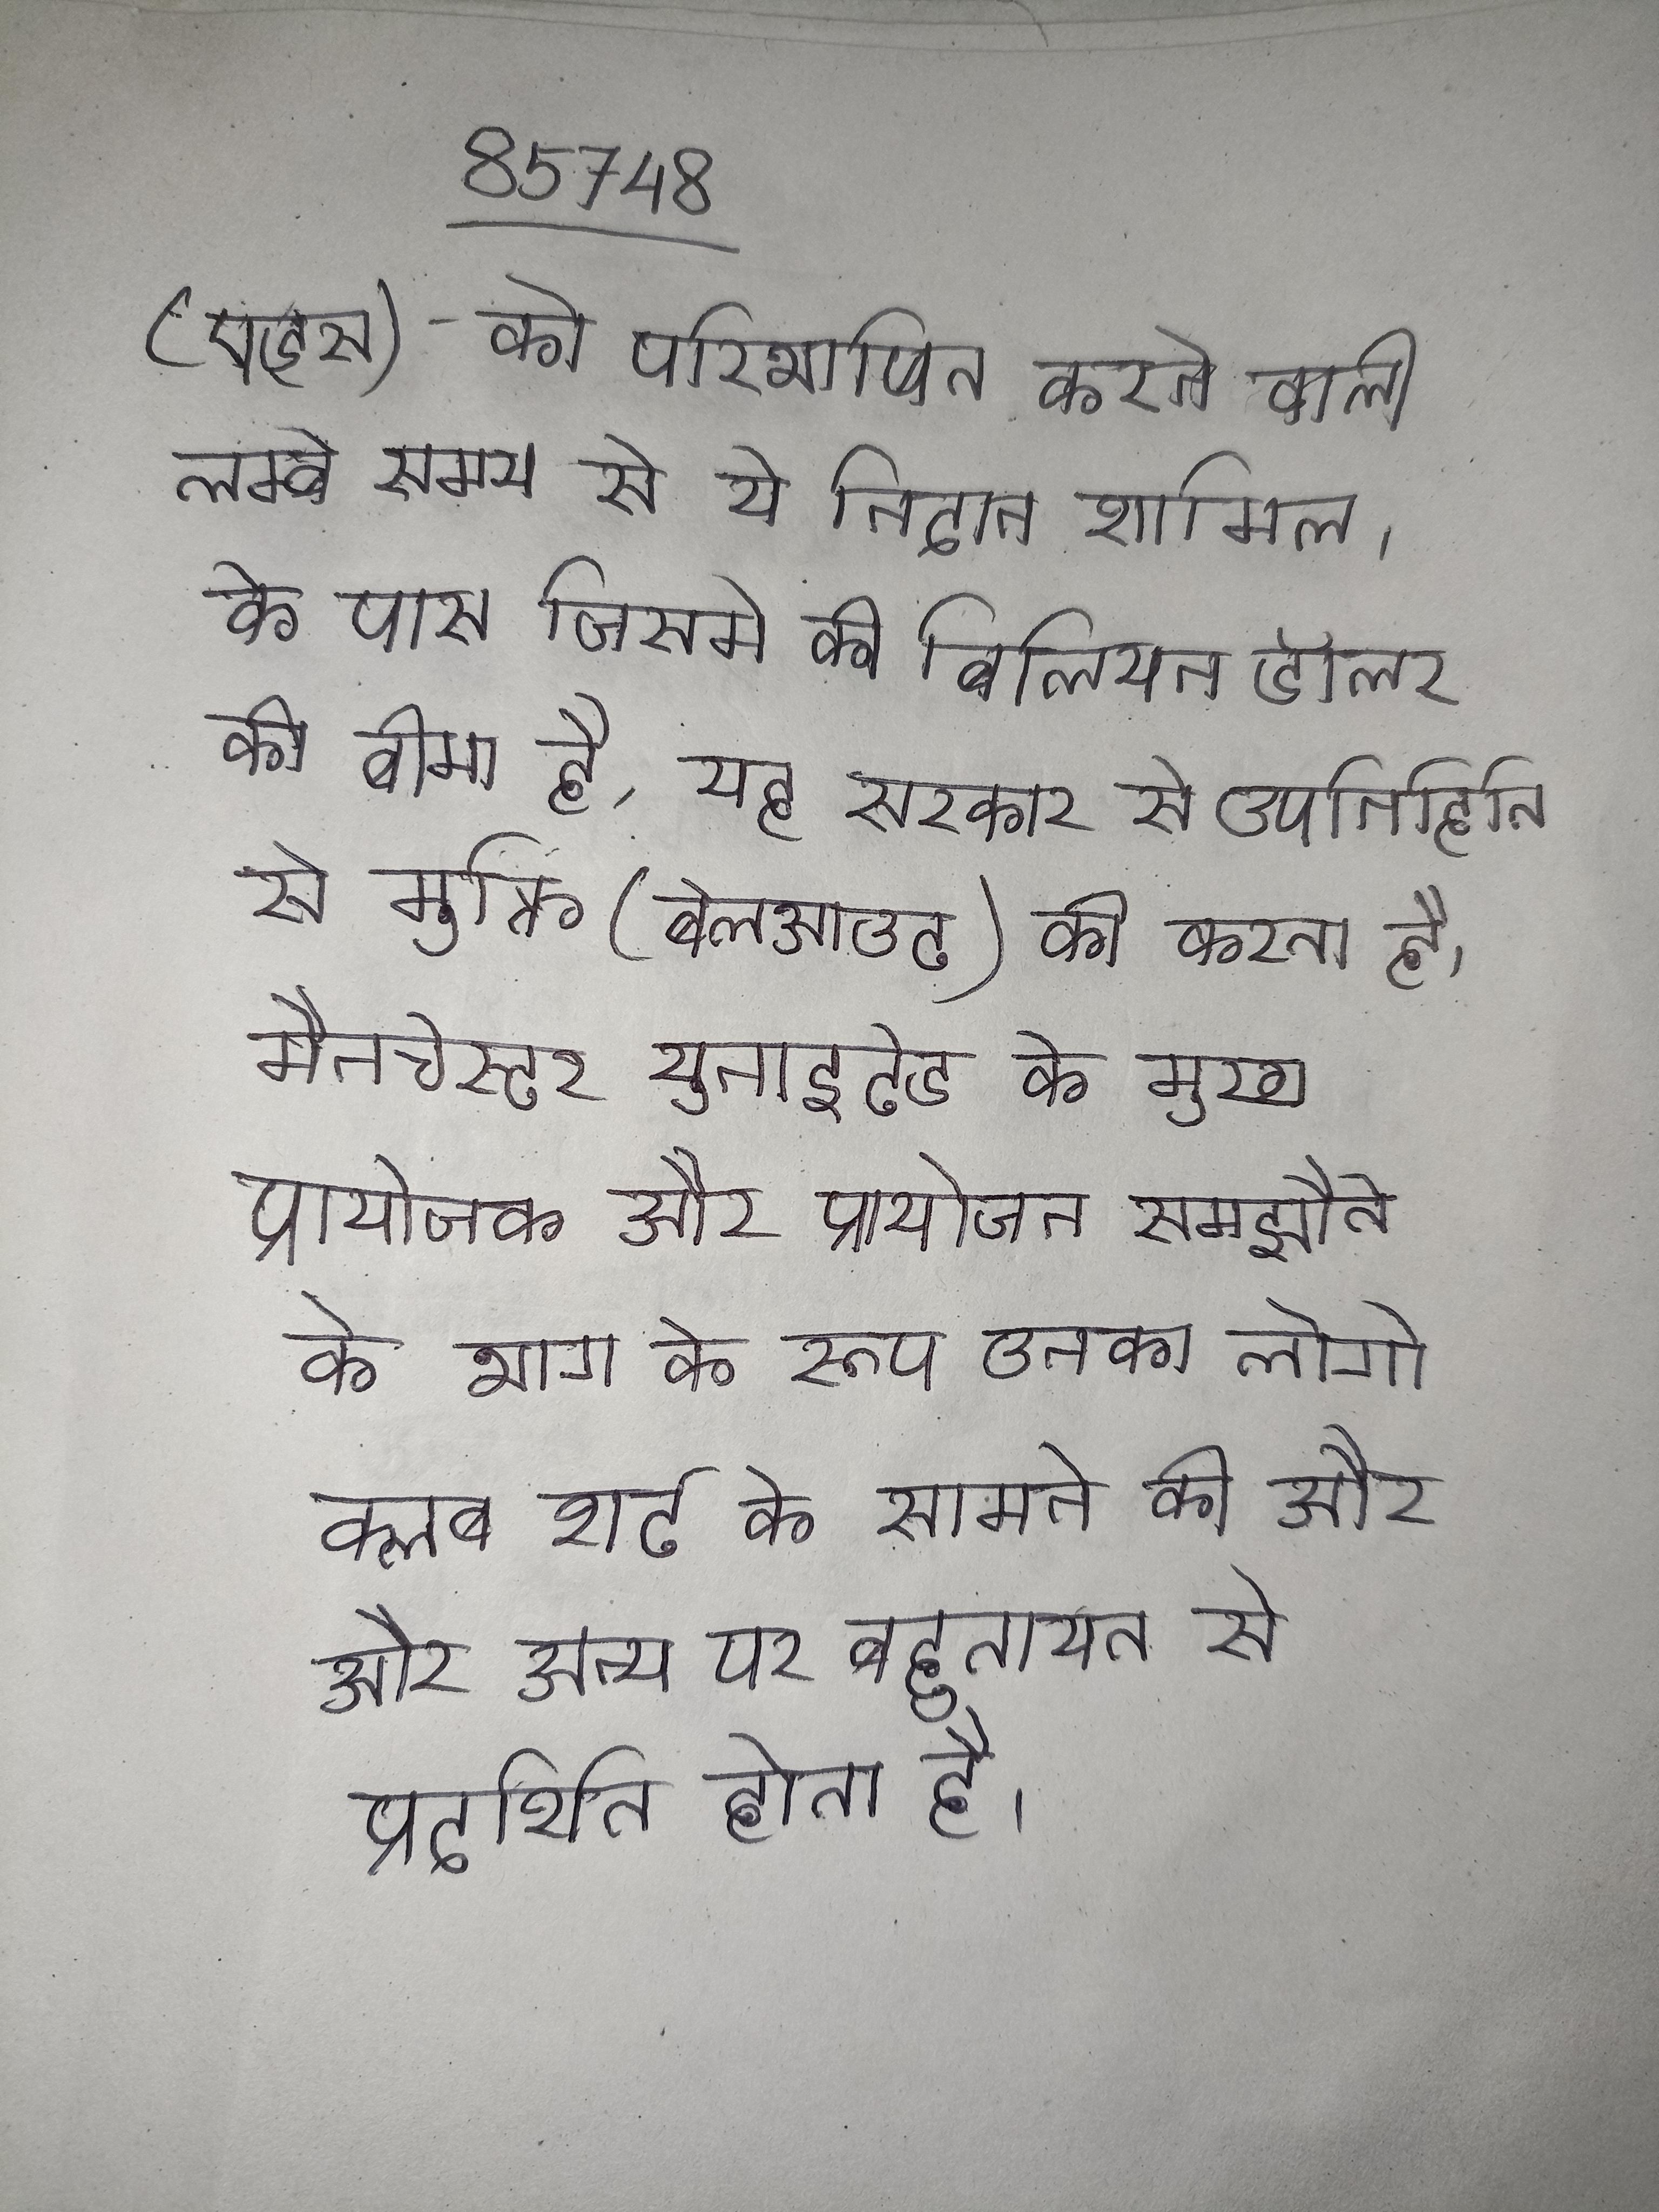
(एड्स)- को परिभाषित करने वाली लम्बे समय से ये निदान शामिल । के पास जिसमे की बिलियन डॉलर की बीमा है, यह सरकार से उपनिहिति से मुक्ति (बेलआउट) की करता है । मैनचेस्टर युनाइटेड के मुख्य प्रायोजक और प्रायोजन समझौते के भाग के रूप उनका लोगो क्लब शर्ट के सामने की और और अन्य पर बहुतायत से प्रदर्शित होता है ।